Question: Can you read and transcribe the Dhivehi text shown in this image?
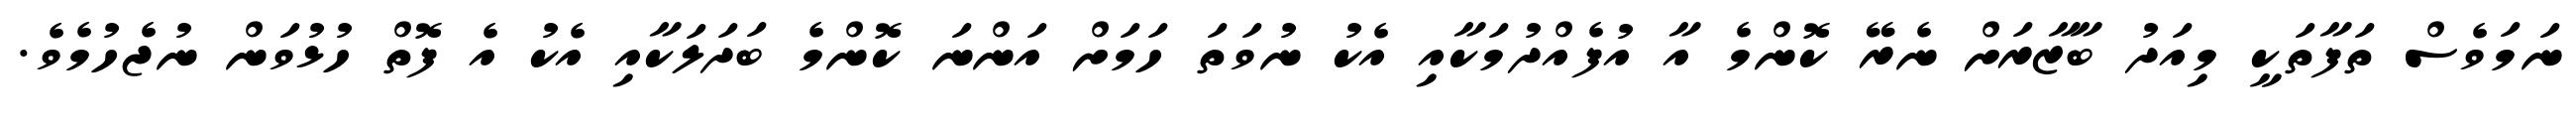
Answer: ނަމަވެސް ތަފާތަކީ މިއަދު ބާޒާރަށް ނެރޭ ކޮންމެ އާ އުފެއްދުމަކާއި އެކު ނުވަތަ ހަމަށް އަންނަ ކޮންމެ ބަދަލަކާއި އެކު އެ ފޮތް ހުޅުވަން ނުޖެހުމެވެ.